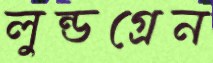
লুন্ডগ্রেন